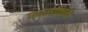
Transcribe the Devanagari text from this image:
फालकिर्क